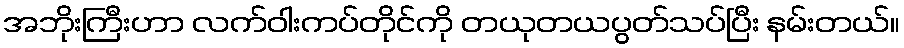
အဘိုးကြီးဟာ လက်ဝါးကပ်တိုင်ကို တယုတယပွတ်သပ်ပြီး နမ်းတယ်။